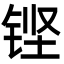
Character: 铿